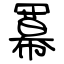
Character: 冪